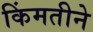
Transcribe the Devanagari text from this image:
किंमतीने